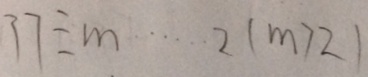
3 7 \div m \cdots 2 ( m > 2 )